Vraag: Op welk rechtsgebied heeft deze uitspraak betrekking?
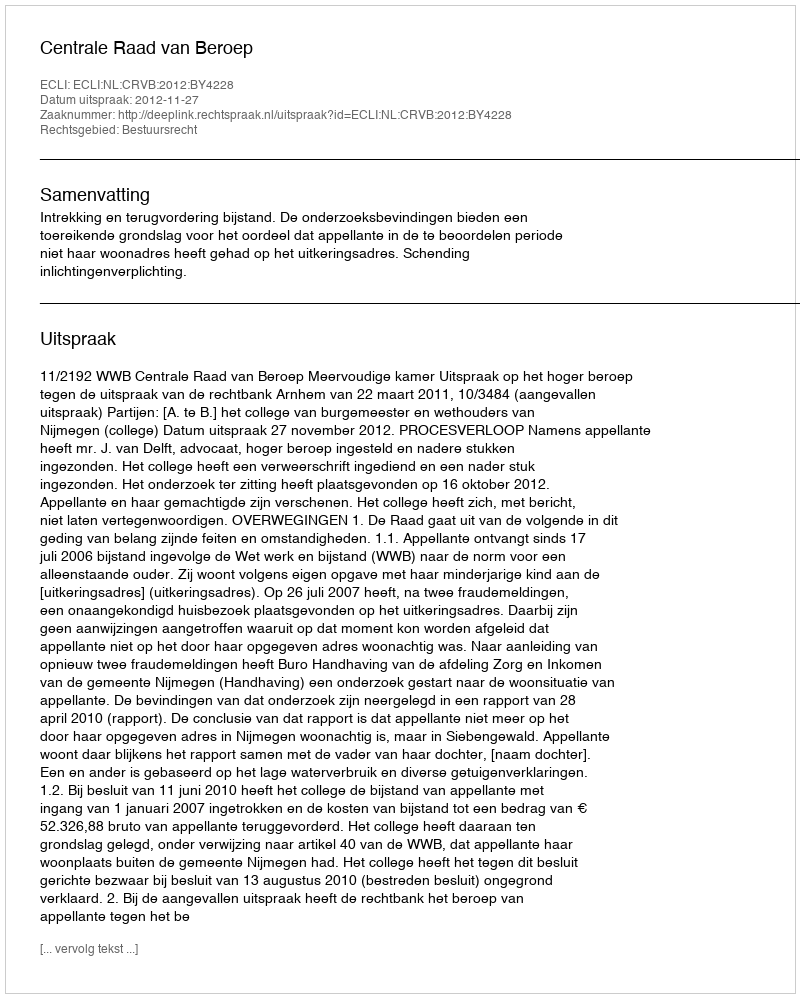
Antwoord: Bestuursrecht